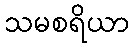
သမစရိယာ